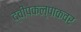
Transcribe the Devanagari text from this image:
द्वीपकल्पाकवर